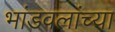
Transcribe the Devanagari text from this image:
भांडवलांच्या